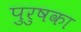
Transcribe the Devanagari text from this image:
पुरुषका